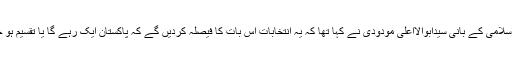
جماعت اسلامی کے بانی سیدابوالااعلیٰ مودودیؒ نے کہا تھا کہ یہ انتخابات اس بات کا فیصلہ کردیں گے کہ پاکستان ایک رہے گا یا تقسیم ہو جائے گا؟